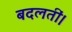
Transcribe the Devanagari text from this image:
बदलतीं।